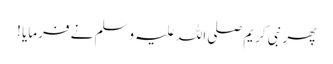
پھر نبی کریم صلی اللہ علیہ وسلم نے فرمایا !